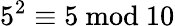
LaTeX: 5^{2}\equiv 5{\mathrm{~mod~}}10